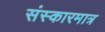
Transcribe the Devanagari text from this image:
संस्कारमात्र